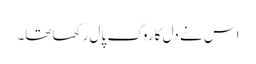
اس نے دل کا روگ پال رکھاتھا۔